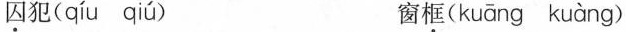
囚犯（qíu qiú） 窗框（kuāng kuàng）